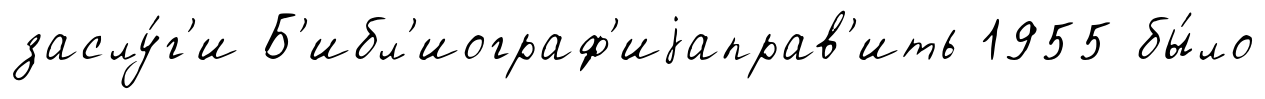
заслу́г'и Б'ибл'иограф'иjаправ'ить 1955 бы́ло